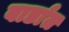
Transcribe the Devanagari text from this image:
वार्डात